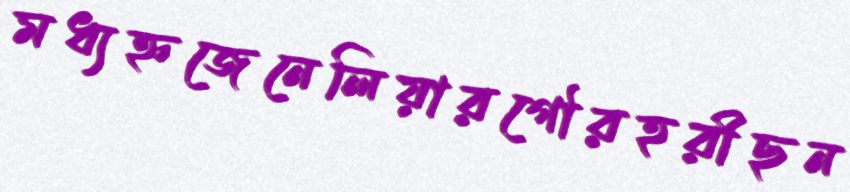
মধ্যহ্নজেনেলিয়ারগৌরহরীছন